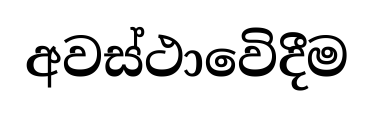
අවස්ථාවෙිදීම